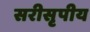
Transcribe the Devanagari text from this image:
सरीसृपीय